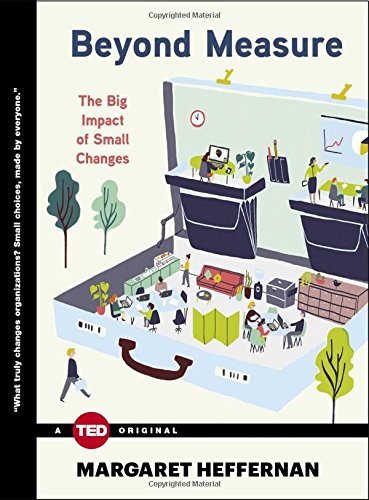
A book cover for Beyond Measure: The Big Impact of Small Changes (TED Books); Margaret Heffernan; Business & Money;